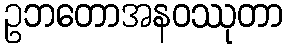
ဥဘတောအနဝဿုတာ